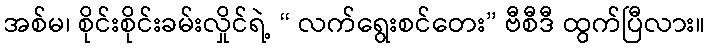
အစ်မ၊ စိုင်းစိုင်းခမ်းလှိုင်ရဲ့ “ လက်ရွေးစင်တေး” ဗီစီဒီ ထွက်ပြီလား။